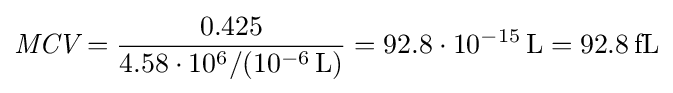
{\textit {MCV}}={\frac {0.425}{4.58\cdot 10^{6}/(10^{-6}\,\mathrm {L} )}}=92.8\cdot 10^{-15}\,\mathrm {L} =92.8\,\mathrm {fL}